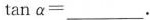
$$\tan α = ___$$。